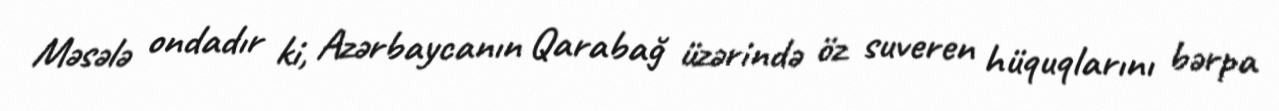
Məsələ ondadır ki, Azərbaycanın Qarabağ üzərində öz suveren hüquqlarını bərpa